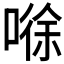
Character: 𰈘